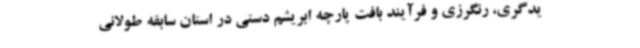
یدگری، رنگرزی و فرآیند بافت پارچه ابریشم دستی در استان سابقه طولانی